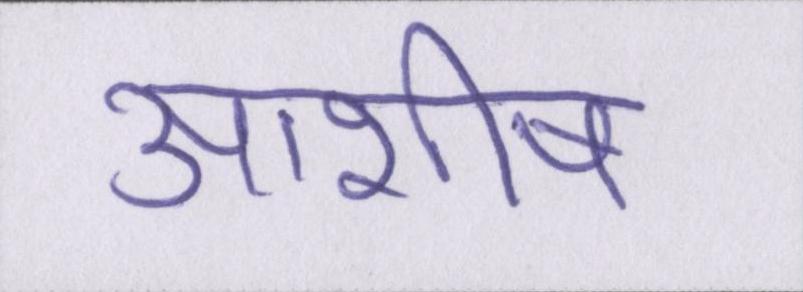
आशीष